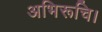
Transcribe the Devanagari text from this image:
अभिरूचि।